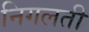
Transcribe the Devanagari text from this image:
निगलती